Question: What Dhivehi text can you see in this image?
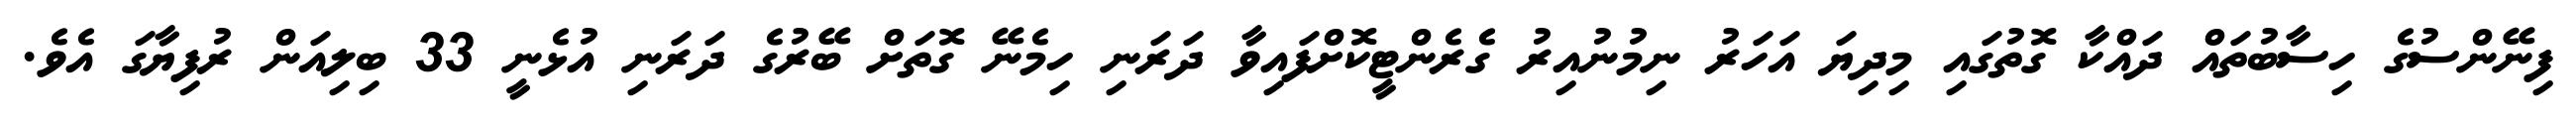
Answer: ފިނޭންސުގެ ހިސާބުތައް ދައްކާ ގޮތުގައި މިދިޔަ އަހަރު ނިމުނުއިރު ގެރެންޓީކޮށްފައިވާ ދަރަނި ހިމެނޭ ގޮތަށް ބޭރުގެ ދަރަނި އުޅެނީ 33 ބިލިއަން ރުފިޔާގަ އެވެ.